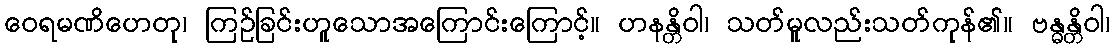
ဝေရမဏိဟေတု၊ ကြဉ်ခြင်းဟူသောအကြောင်းကြောင့်။ ဟနန္တိဝါ၊ သတ်မူလည်းသတ်ကုန်၏။ ဗန္ဓန္တိဝါ၊